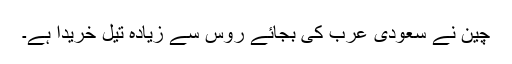
چین نے سعودی عرب کی بجائے روس سے زیادہ تیل خریدا ہے۔